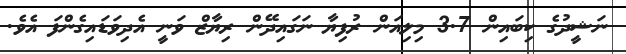
ނަޝީދުގެ ކިބައިން 3.7 މިލިއަން ރުފިޔާ ނަގައިދޭން ރިޔާޒް ވަނީ އެދިވަޑައިގެންފަ އެވެ.